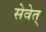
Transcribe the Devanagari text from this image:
सेवेत्